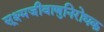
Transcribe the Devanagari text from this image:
सूक्ष्मजीवाणुनिरोधक